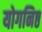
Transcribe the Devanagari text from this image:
योगनिष्ठ